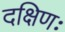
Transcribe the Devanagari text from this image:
दक्षिणः